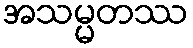
အသမ္မတဿ